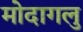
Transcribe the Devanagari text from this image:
मोदागलु